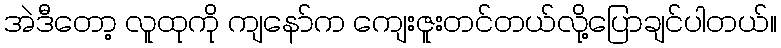
အဲဒီတော့ လူထုကို ကျနော်က ကျေးဇူးတင်တယ်လို့ပြောချင်ပါတယ်။